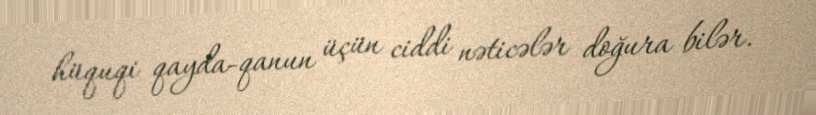
hüquqi qayda-qanun üçün ciddi nəticələr doğura bilər.